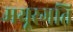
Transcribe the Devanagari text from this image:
मयूरगति